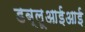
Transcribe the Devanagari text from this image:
डब्लूआईआई